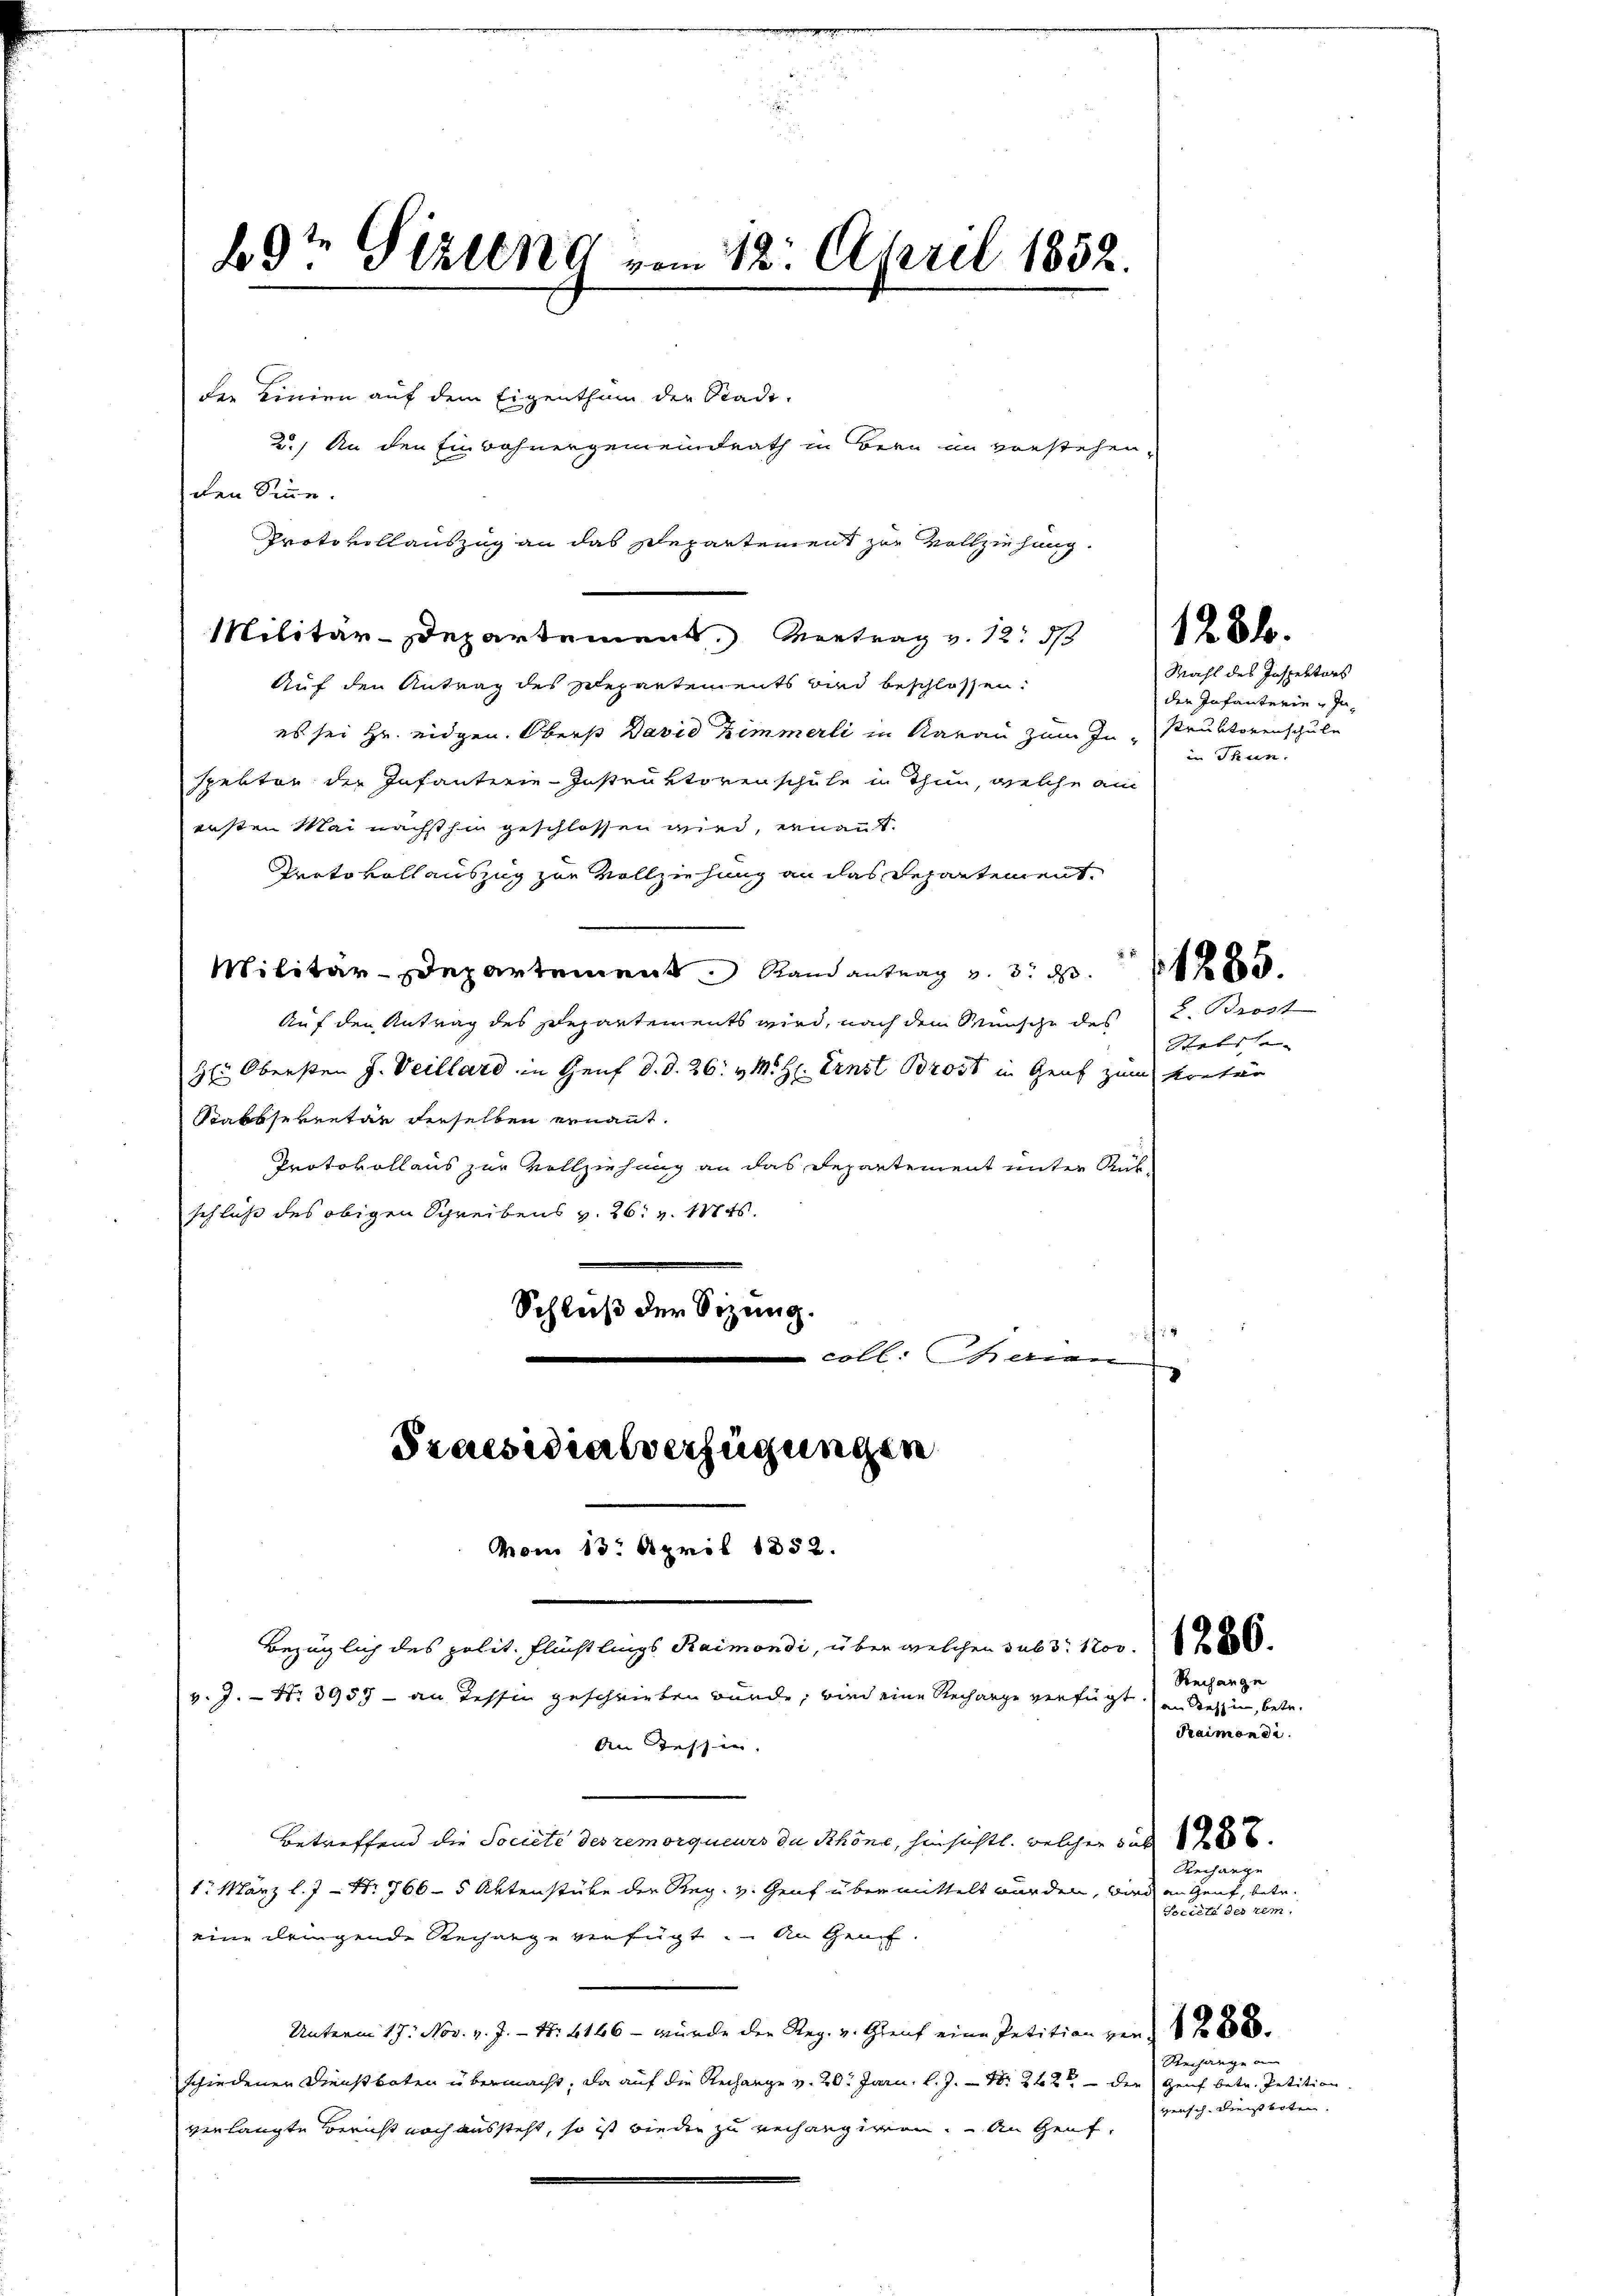
bt Gizleng vom 12. April 1852.

der Linien auf dem Eigenthum der Stadt-
2.) An den Einwohnergemeindrath in Bern im vorstehen,
den Sinne.
Protokollauszug an das Departement zur Vollziehung.
Militär-Departement. Vertrag v. 12. 3/4 x 2
Auf den Antrag des Separtements und beschlossen:
es sei Hr. eidgen. Oberst David Zimmerli in Aarau zum In-Kruktorenschule
spektor der Infanterie-Instruktorenschule in Thun, welche am
ersten Mai nächsthin geschlossen wird, ernant.
Protokoll auszug zur Vollziehung an das Departement.
 8
Militär-Departement Randantrag v. 3. d.
Auf den Antrag des Departements wird, nach dem Wunsche des L. Brost
3t. Obersten J. Veillard in Genf d. d. 26. v. M. H. Ernst Brot in Genf zum Kretär
Sabssekretär derselben ernannt.
Protokollaus zur Vollziehung an das Departement unter Rub-
schluß des obigen Schreibens v. 26. v. Mts.
Schluß der Sizung.
coll. Serien

Praesidialverfügungen
von 13. April 1852.

bezüglich des polit. Flüchtlings Raimondi, über welchen sub 3: 1200. Z. 880.
v. J. N. 3957 - an Tessin geschrieben würde, wird eine Rechange verfügt an Tessin, betr.
An Tessin.

Betreffend die Societe des remorqueurs du Schöne, hinsichtl. welcher sub 1
1. März l. J. Nr. 766 - 5 Aktenstüke der Reg. v. Genf übermittelt wurden, wird an Genf, betr.
eine dringende Rechange verfügt. An Graf.
Unterm 17. Nov. v. J. - N: 4166 – wurde der Reg. v. Greut eine Petition von 1 f 0 x
schiedenen Dienstboten übermacht, da auf die Recharge v. 20. Janu, l. J. - N. 242 - der Genf betr. Petition.
verlangte Bericht noch aussteht, so ist wieden zu verhangiren. An Genf,

Mahl des Inspektors
der Infanterie-In
in Thun.

Stebsse-

Reihange
Praimon di
Rechange
Société des rem.

1285.

Rechange an
versch. Dienstboten.